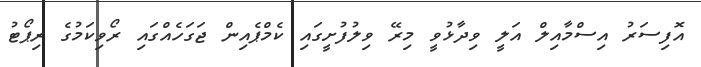
އޮފިސަރު އިސްމާއިލް އަލީ ވިދާޅުވީ މިރޭ ވިލުފުށީގައި ކެމްޕެއިން ޖަގަހެއްގައި ރޯވިކަމުގެ ރިޕޯޓު